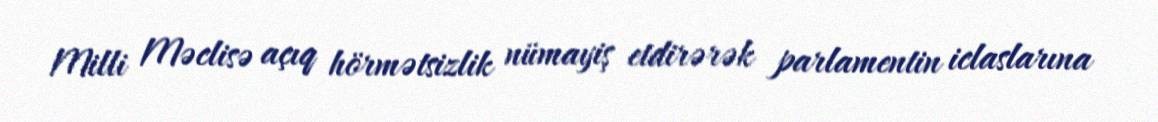
Milli Məclisə açıq hörmətsizlik nümayiş etdirərək parlamentin iclaslarına